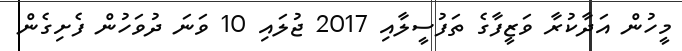
މީހުން އަދާކުރާ ވަޒީފާގެ ތަފުސީލާއި 2017 ޖުލައި 10 ވަނަ ދުވަހުން ފެށިގެން